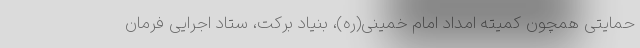
حمایتی همچون کمیته امداد امام خمینی(ره)، بنیاد برکت، ستاد اجرایی فرمان